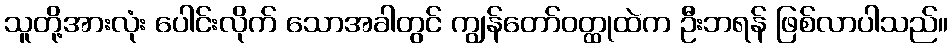
သူတို့အားလုံး ပေါင်းလိုက် သောအခါတွင် ကျွန်တော်ဝတ္ထုထဲက ဦးဘရန် ဖြစ်လာပါသည်။